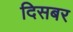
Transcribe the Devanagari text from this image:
दिसबर